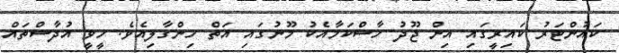
ކައުންޓަރު ކައިރީގައި އިން ޖޫދު ހާސްކަމާއެކު މޫނުގައި އަތް ހިންގާލިއެވެ. ހީވީ އުދާސްތައް